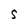
Character: S